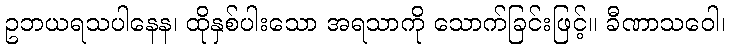
ဥဘယရသပါနေန၊ ထိုနှစ်ပါးသော အရသာကို သောက်ခြင်းဖြင့်။ ခီဏာသဝေါ၊